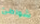
شواطئ